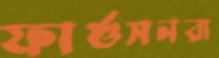
ফার্গুসনরা